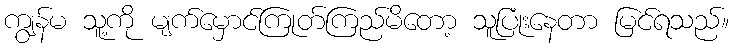
ကျွန်မ သူ့ကို မျက်မှောင်ကြုတ်ကြည်မိတော့ သူပြုံးနေတာ မြင်ရသည်။